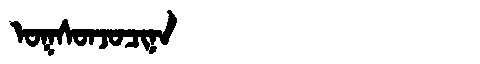
Manchu: ᠣᡴᠰᠣᠨᠵᠣᠴᡳᠨᠠ
Romanization: OKSONJOCINA